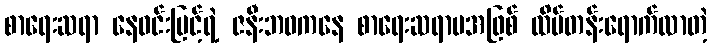
စာရေးဆရာ နေဝင်းမြင့်ရဲ့ ဇနီးဘဝကနေ စာရေးဆရာမအဖြစ် ထိပ်တန်းရောက်လာတဲ့